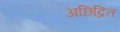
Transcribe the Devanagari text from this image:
अछिद्रित